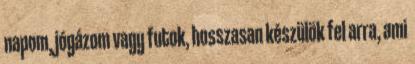
napom, jógázom vagy futok, hosszasan készülök fel arra, ami